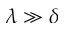
\lambda \gg \delta